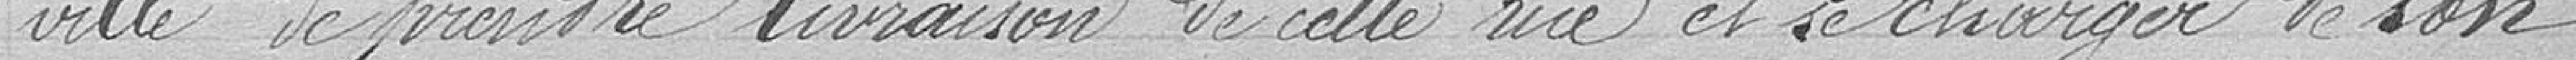
ville de prendre livraison de cette rue et se charger de son